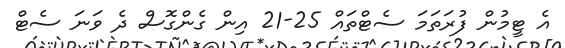
އެ ޓީމުން ފުރަތަމަ ސެޓްތައް 25-21 އިން ގެންގޮސް ދެ ވަނަ ސެޓް